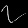
Digit: ၇